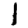
Digit: 1